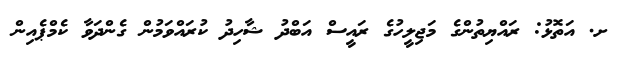
ށ. އަތޮޅު: ރައްޔިތުންގެ މަޖިލީހުގެ ރައީސް އަބްދު ޝާހިދު ކުރައްވަމުން ގެންދަވާ ކެމްޕެއިން